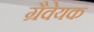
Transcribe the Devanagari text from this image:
ग्रैवेयक